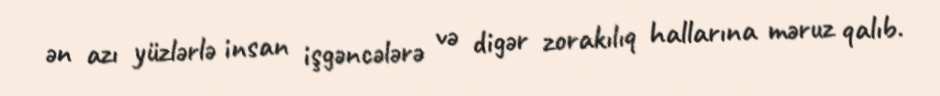
ən azı yüzlərlə insan işgəncələrə və digər zorakılıq hallarına məruz qalıb.